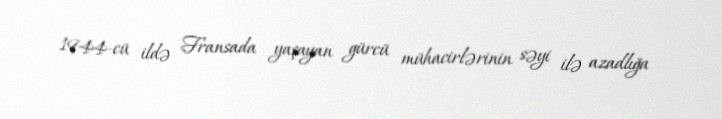
1944-cü ildə Fransada yaşayan gürcü mühacirlərinin səyi ilə azadlığa